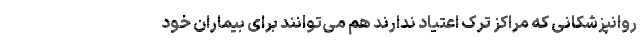
روانپزشکانی که مراکز ترک اعتیاد ندارند هم می‌توانند برای بیماران خود